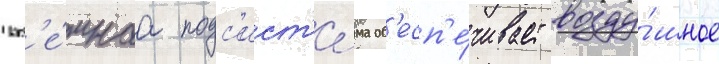
Наз'е́мнаа подс'ист'е́ма об'есп'е́чивает возду́шное